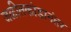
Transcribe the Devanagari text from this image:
जळीतकांडानंतर